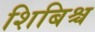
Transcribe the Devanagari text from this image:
शिबिश्च